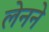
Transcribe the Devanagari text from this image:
लेनने